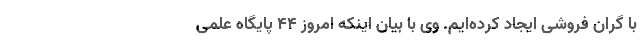
با گران فروشی ایجاد کرده‌ایم. وی با بیان اینکه امروز ۴۴ پایگاه علمی